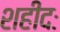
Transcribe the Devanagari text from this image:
शहीदः